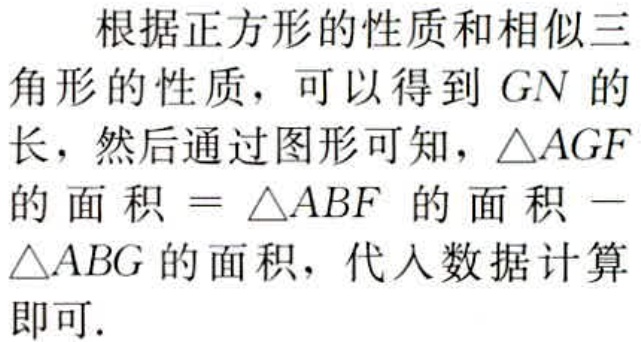
根据正方形的性质和相似三角形的性质，可以得到 \(GN\) 的长，然后通过图形可知，\(\triangle AGF\) 的面积 \(=\triangle ABF\) 的面积 \(-\triangle ABG\) 的面积，代入数据计算即可.